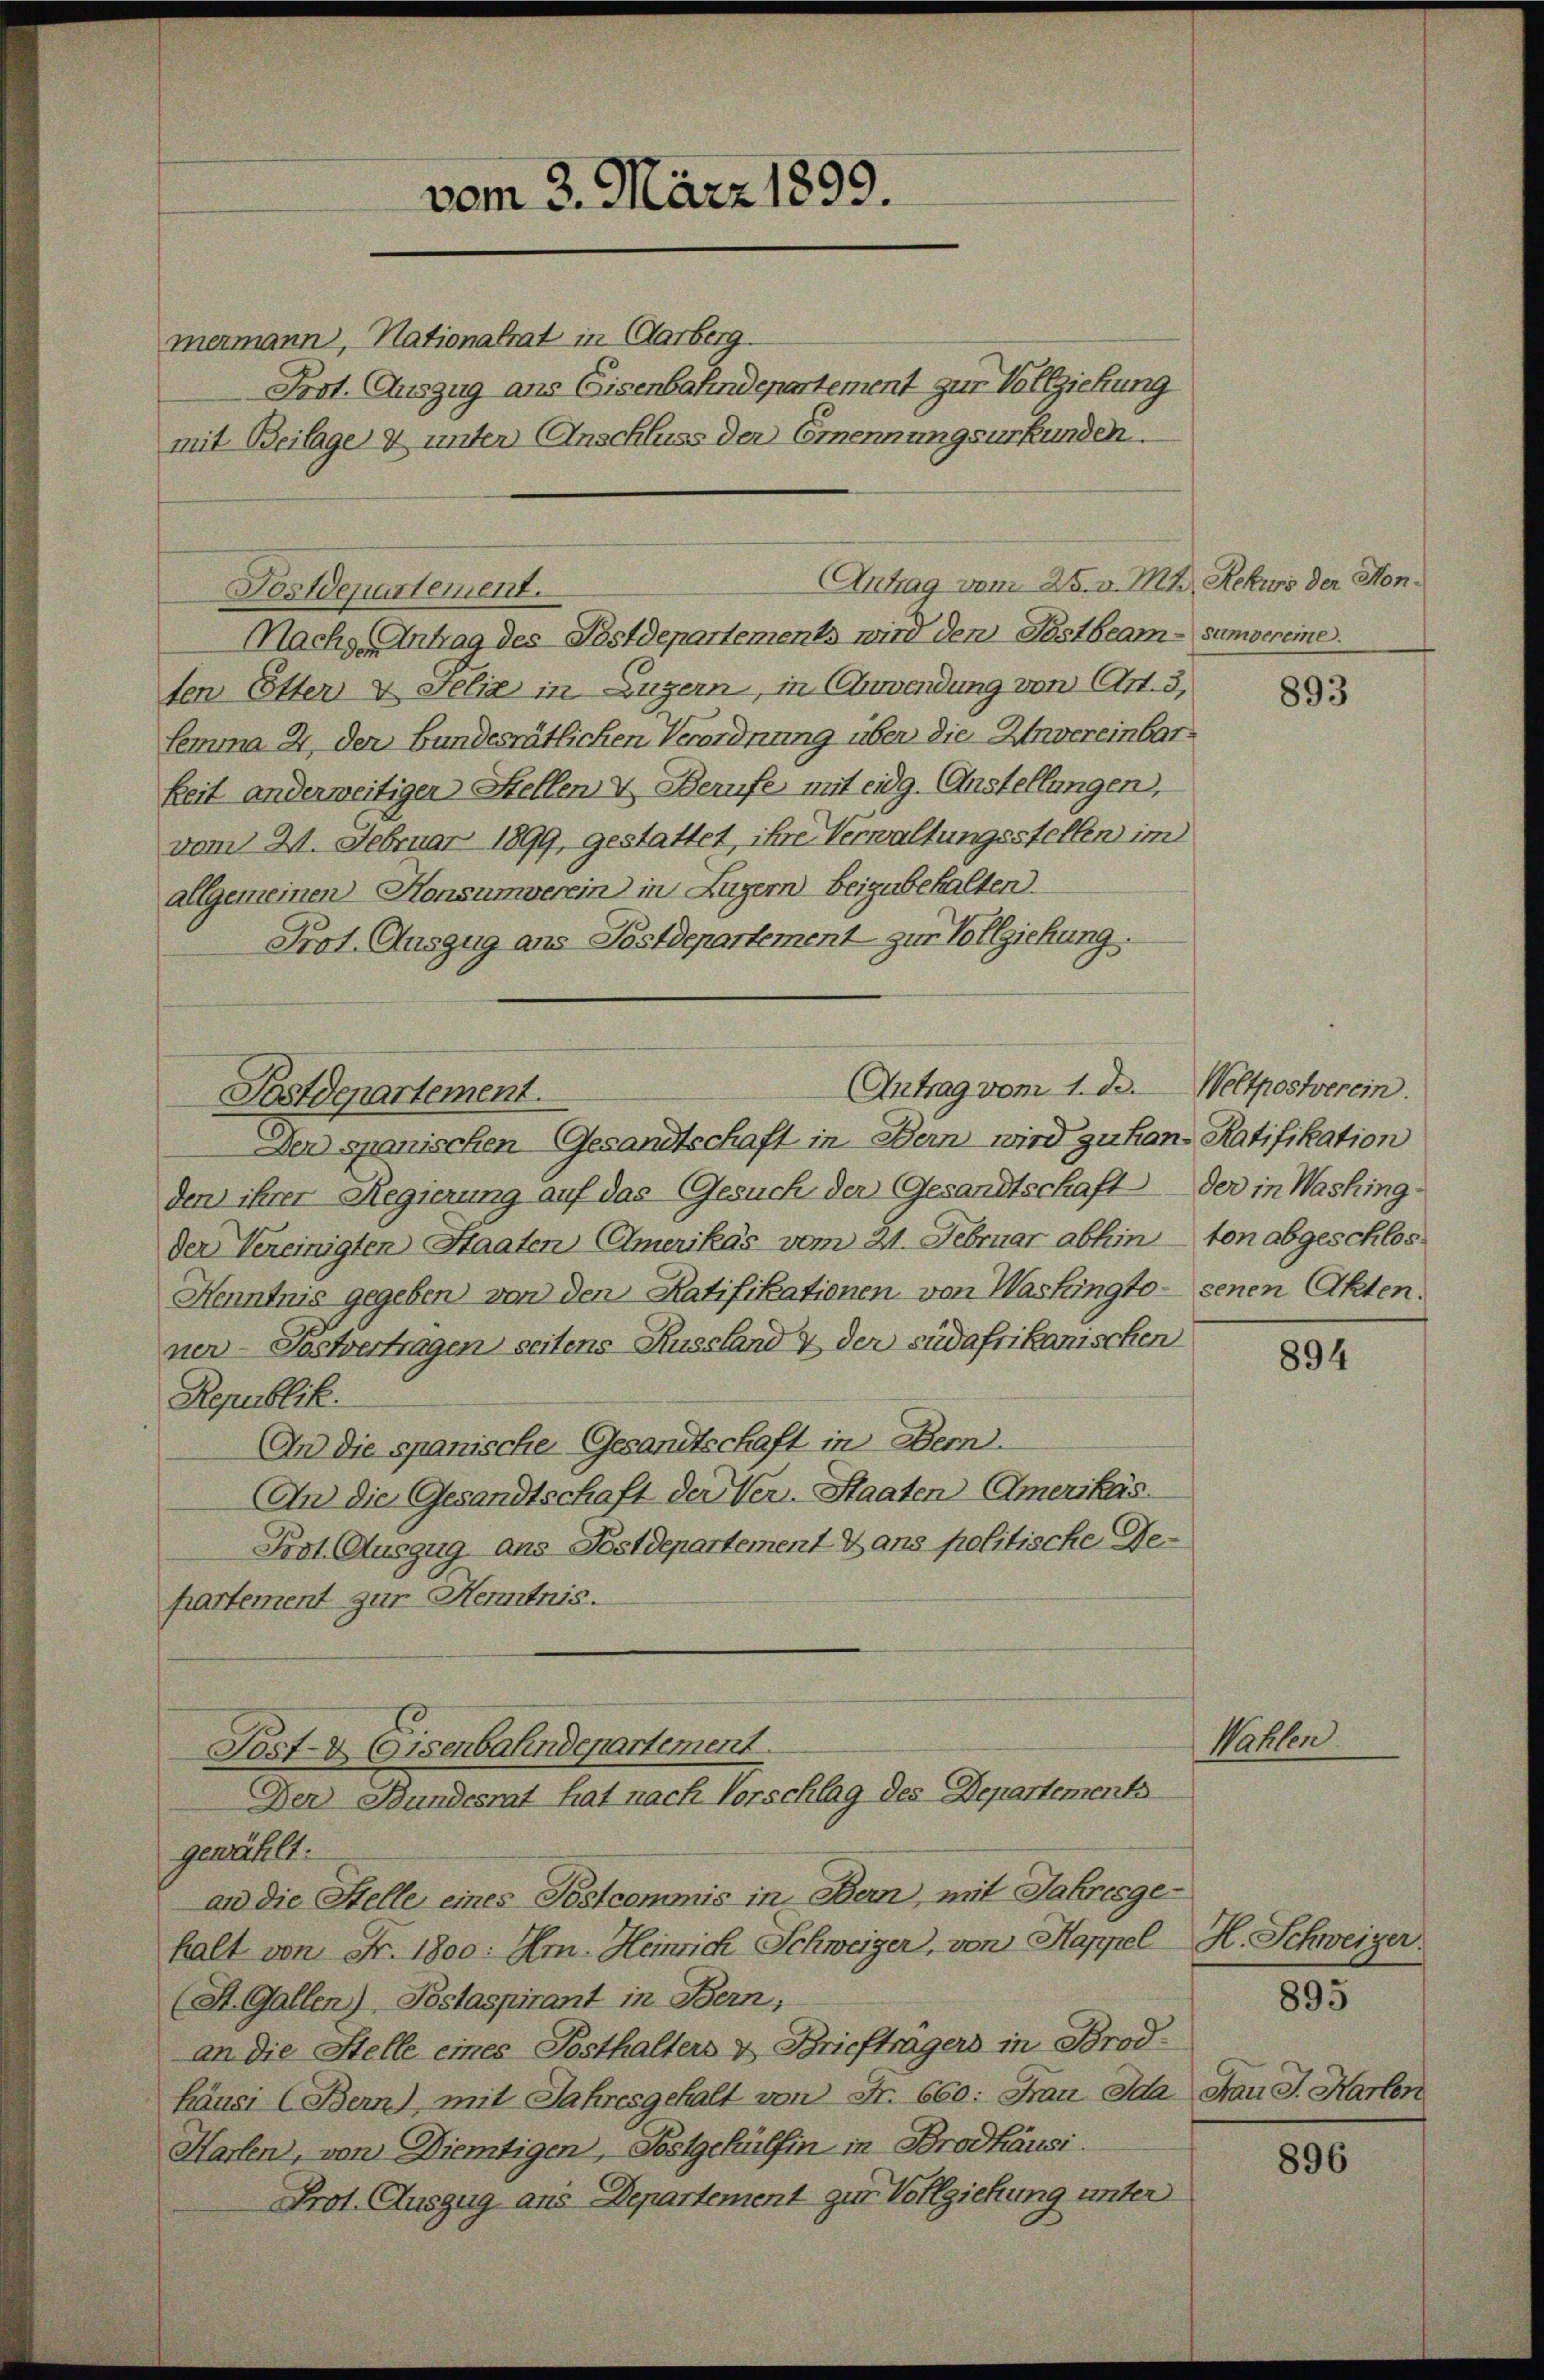
mermann, Nationalrat in Carberg.
Prot. Auszug ans Eisenbahndepartement zur Vollziehung
mit Beilage & unter Anschluss der Emennungsurkunden.

Nachs (Antrag des Postdepartements wird den Pestbeam-sumvereine.
ten Etter & Felix in Luzern, in Anwendung von Art. 3,
Lemma 2 der bundesrätlichen Verordnung über die Unvereinbarkeit anderweitigen Stellen & Berufe mit eidg. Anstellungen,
vom 21. Februar 1899, gestattet, ihre Verwaltungsstellen im
allgemeinen Konsumverein) in Luzern beizubehalten.
Prot. Auszug aus Postdepartement zur Vollziehung.
Den spanischen Gesandtschaft in Bern wird zuhan- Ratifikation
den ihrer Regierung auf das Gesuch der Gesandtschaft der in Washing-
der Vereinigten Staaten Amerikas vom 21. Februar abhin - von abgeschlos
Kenntnis gegeben) von den Ratifikationen von Washingto- senen Akten.
ner-Postvertragen seitens Russland & der südafrikanischen
Republik.
An die spanische Gesandtschaft in Bern.
An die Gesandtschaft der Ver-Staaten Amerikas
Prot. Auszug aus Postdepartement dans politische Gepartement zur Kenntnis.

Antrag vom 1. de. Weltposterein.
Postdepartement.

Post- & Gisenbahndepartement.
Der Bundesrat hat nach Vorschlag des Departements

vom 3. März 1899.

Antrag vom 25. v. M. Rekurs der Hon¬
Postdepartement.

gewählt:
an die Stelle eines Postcommis in Bern, mit Jahresgehalt von Fr. 1800: Am. Heinrich Schweizer, von Kappel
(St. Gallen) Testaspirant in Bern,
an die Stelle eines Posthalters & Briefträgers in Brodhäusi (Bern), mit Jahresgehalt von Fr. 660: Frau Ida
Harfen, von Diemtigen, Postgehülfen in Brodhäusi.
Prot. Auszug aus Departement zur Vollziehung unter

Wahlen.

893

894

H. Schweizer.

895

Frau J. Harten

896